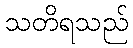
သတိရသည်